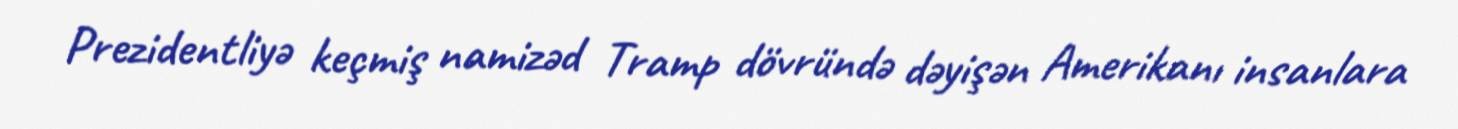
Prezidentliyə keçmiş namizəd Tramp dövründə dəyişən Amerikanı insanlara